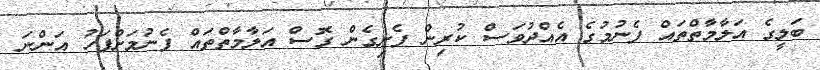
ބަލީގެ އަލާމާތްތައް ފެނުމުގެ އެއްދުވަސް ކުރިން ފެށިގެން ގޮސް އަލާމާތްތައް ފެނުމަށްފަހު އަންނަ